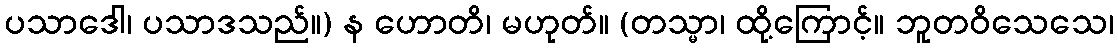
ပသာဒေါ၊ ပသာဒသည်။) န ဟောတိ၊ မဟုတ်။ (တသ္မာ၊ ထို့ကြောင့်။ ဘူတဝိသေသေ၊